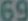
69